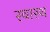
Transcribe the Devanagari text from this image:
स्‍वास्‍थ